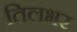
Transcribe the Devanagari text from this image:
तिलभर